system: You are a helpful assistant.
user:
Analyze the provided spectrum to determine if it is a **S-type Star**.

- **Key Indicators for S-type Star:**

    - **(Overall Spectrum Shape):** The first and most obvious characteristic is the overall continuum (the "baseline" shape). It is **extremely "red-sloping,"** meaning the flux (light intensity) is very low on the left side (blue, ~4000-4500 Å) and rises steeply and continuously toward the right side (red, ~7000 Å+).

    - **(Primary):** The spectrum is defined by the presence of strong, broad molecular absorption "valleys" (bands) from **Zirconium Oxide (ZrO)**. The identification of these bands is the **primary requirement** for classifying a star as S-type.
        - **(Key Bandheads):** You must find distinct, deep "dips" where the light has been absorbed. The most critical band systems to locate are:
            - **~6474 Å** ($\gamma$-system): This is often the strongest and clearest ZrO feature, found in the red part of the spectrum.
            - **~5718 Å** & **~5551 Å** ($\beta$-system): A pair of prominent absorption features in the yellow-orange part of the spectrum.
            - **~4640 Å** ($\alpha$-system): A key absorption band system in the blue-green region of the spectrum.

    - **(Secondary Confirmation):** The classification is strengthened by finding additional absorption bands from other related heavy element oxides, which are expected to be present alongside ZrO.
        - **(Key Bandheads):**
            - **Yttrium Oxide (YO):** Look for absorption dips near **~4800 Å** and **~6100 Å**.
            - **Lanthanum Oxide (LaO):** Additional absorption features, particularly in the red-orange part of the spectrum, are also characteristic.

    - **(Line Profile):** The combination of the steep red continuum and these numerous, deep molecular bands (ZrO, YO, etc.) gives the entire spectrum a very **"chopped-up"** or **"bumpy"** appearance. Instead of a smooth curve, the spectrum looks as though large, wide chunks of light have been "carved out" of it at the specific wavelengths listed above.

Think first, call **spectral_visualization_tool** if needed to examine features in detail, then provide your final answer. Your response must adhere to the following strict rules:
1.  **Overall Structure:** Your response must follow the format `<think>...</think> <tool_call>...</tool_call> (if a tool is used) <answer>...</answer>`.
2.  **Tool Usage Constraint:** You may only make **one** tool call per turn.
3.  **Final Answer Format:** In the `<answer>` tag, your conclusion must be inside a `\boxed{}` command (e.g., `\boxed{YES}` or `\boxed{NO}`), followed by your justification.

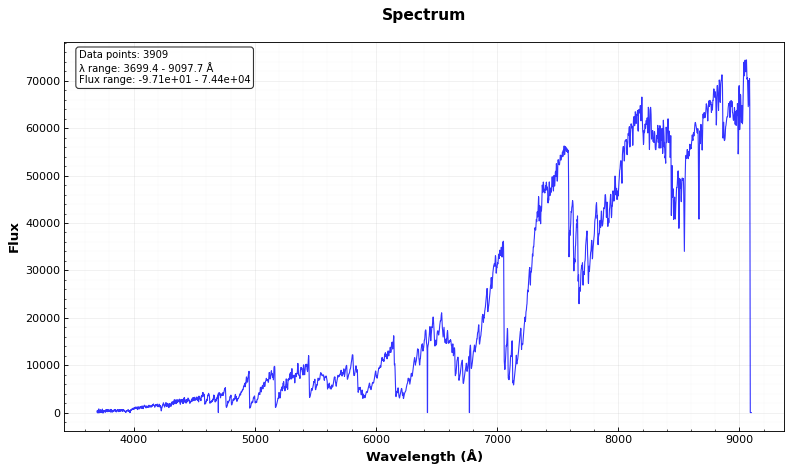
Answer: YES